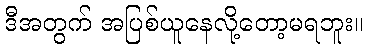
ဒီအတွက် အပြစ်ယူနေလို့တော့မရဘူး။